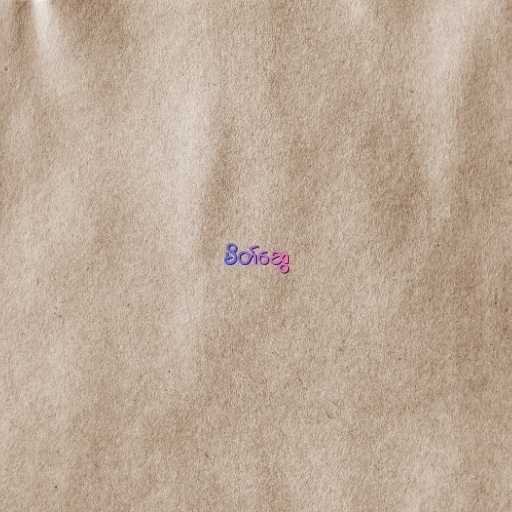
မိတ်ဆွေ